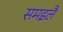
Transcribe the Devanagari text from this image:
समइलै